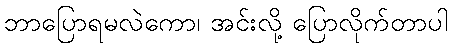
ဘာပြောရမလဲကော၊ အင်းလို့ ပြောလိုက်တာပါ